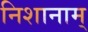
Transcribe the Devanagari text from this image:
निशानाम्